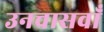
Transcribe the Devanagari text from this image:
उनचासवाँ